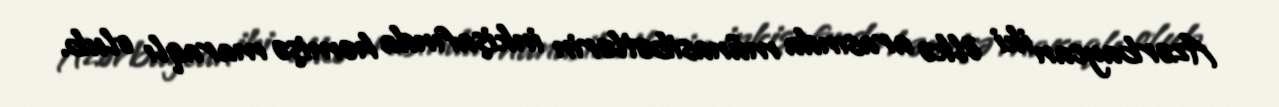
Azərbaycan iki ölkə arasında münasibətlərin inkişafında həmişə maraqlı olub.